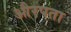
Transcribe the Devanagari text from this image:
औरपता